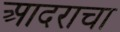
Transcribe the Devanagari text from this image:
आदराचा